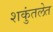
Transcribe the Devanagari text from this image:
शकुंतलेत